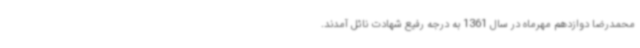
محمدرضا دوازدهم مهرماه در سال 1361 به درجه رفیع شهادت نائل آمدند.